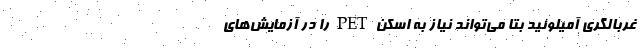
غربالگری آمیلوئید بتا می‌تواند نیاز به اسکن PET را در آزمایش‌های